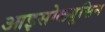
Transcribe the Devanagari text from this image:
आइसोलयूसिन